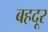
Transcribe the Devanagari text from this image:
बहदूर